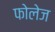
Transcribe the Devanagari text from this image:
फोलेज